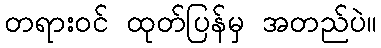
တရားဝင် ထုတ်ပြန်မှ အတည်ပဲ။